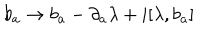
LaTeX: b _ { a } \rightarrow b _ { a } - \partial _ { a } \lambda + i [ \lambda , b _ { a } ]